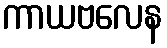
ကာယဗလေန